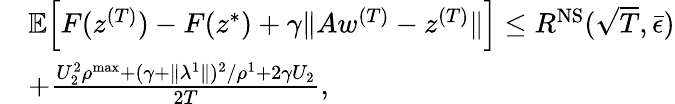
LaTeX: \begin{array}{rl}&{\mathbb{E}\Big[F(z^{(T)})-F(z^{*})+\gamma\| Aw^{(T)}-z^{(T)}\| \Big]\leq R^{\mathrm{NS}}(\sqrt{T},\bar{\epsilon})}\\ &{+\frac{U_{2}^{2}\rho^{\mathrm{max}}+(\gamma+\| \lambda^{1}\| )^{2}/\rho^{1}+2\gamma U_{2}}{2T},}\end{array}